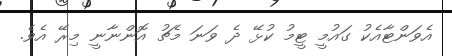
އެވަންޓާއެކު ގައުމީ ޓީމު ކުޅޭ ދެ ވަނަ މެޗު އޮންނާނީ މިރޭ އެވެ.